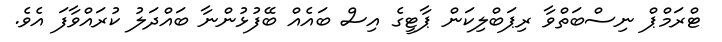
ޓްރަމްޕް ނިސްބަތްވާ ރިޕަބްލިކަން ޕާޓީގެ އިސް ބައެއް ބޭފުޅުންނާ ބައްދަލު ކުރައްވާފަ އެވެ.